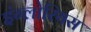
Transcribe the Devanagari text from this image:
इंग्लोरियस